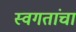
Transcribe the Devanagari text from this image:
स्वगतांचा